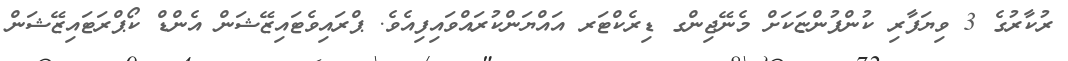
ރުކާރުގެ 3 ވިޔަފާރި ކުންފުންޏަކަށް މެނޭޖިންގ ޑިރެކްޓަރ އައްޔަންކުރައްވައިފިއެވެ. ޕްރައިވެޓައިޒޭޝަން އެންޑް ކޯޕްރަޓައިޒޭޝަން